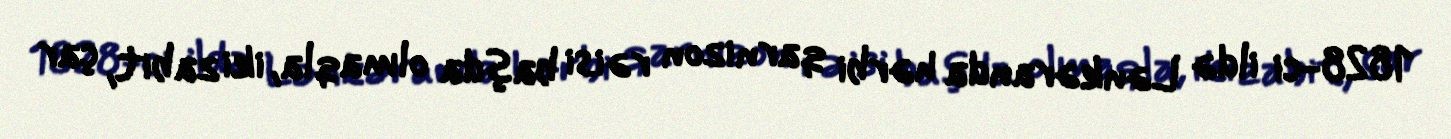
1828-ci ildə Lənkəranda hərbi qarnizon rəisi başda olmaqla, iki zabit, çar